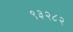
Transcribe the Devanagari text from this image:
९३२८२